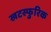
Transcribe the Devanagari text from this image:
खटस्फुरिक